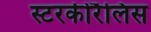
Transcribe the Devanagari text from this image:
स्टरकीरैलिस